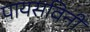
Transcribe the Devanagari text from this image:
पायसविनी